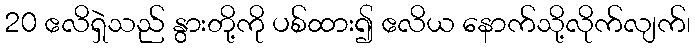
20 ဧလိရှဲသည် နွားတို့ကို ပစ်ထား၍ ဧလိယ နောက်သို့လိုက်လျက်၊